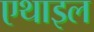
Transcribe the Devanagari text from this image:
एथाइल